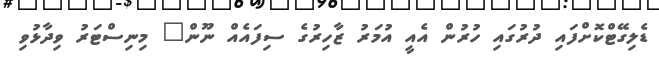
ޑެލިގޭޓްކޮށްފައި ދުރުގައި ހުރުން އެއީ އުމަރު ޒާހިރުގެ ސިފައެއް ނޫން" މިނިސްޓަރު ވިދާޅުވި